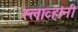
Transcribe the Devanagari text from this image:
स्लाव्हांनी